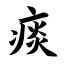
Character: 痰